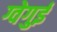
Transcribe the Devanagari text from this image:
ग्वेगुई